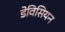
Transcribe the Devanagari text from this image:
डेविसियन